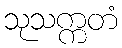
သုသက္ကတံ